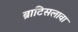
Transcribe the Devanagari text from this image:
ब्राटिसलावा